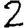
Digit: 2